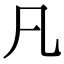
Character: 凡